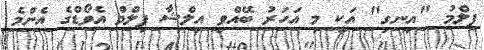
ފިލްމު "އިނގި" އަކީ މި އަހަރު ބޭއްވި އިލްޝާ ފިލްމް އެވޯޑްގެ އެންމެ